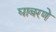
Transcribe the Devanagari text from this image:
घाबरणे